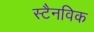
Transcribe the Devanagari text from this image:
स्टैनविक